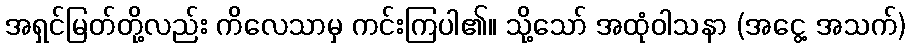
အရှင်မြတ်တို့လည်း ကိလေသာမှ ကင်းကြပါ၏။ သို့သော် အထုံဝါသနာ (အငွေ့ အသက်)